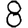
Digit: 8